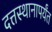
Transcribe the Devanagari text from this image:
दत्तस्थानापर्यंत